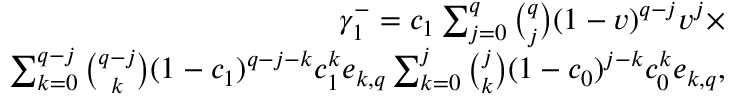
\begin{array} { r } { \gamma _ { 1 } ^ { - } = c _ { 1 } \sum _ { j = 0 } ^ { q } { \binom { q } { j } } ( 1 - v ) ^ { q - j } v ^ { j } \times } \\ { \sum _ { k = 0 } ^ { q - j } { \binom { q - j } { k } } ( 1 - c _ { 1 } ) ^ { q - j - k } c _ { 1 } ^ { k } e _ { k , q } \sum _ { k = 0 } ^ { j } { \binom { j } { k } } ( 1 - c _ { 0 } ) ^ { j - k } c _ { 0 } ^ { k } e _ { k , q } , } \end{array}